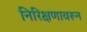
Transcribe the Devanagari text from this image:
निरिक्षणावरून